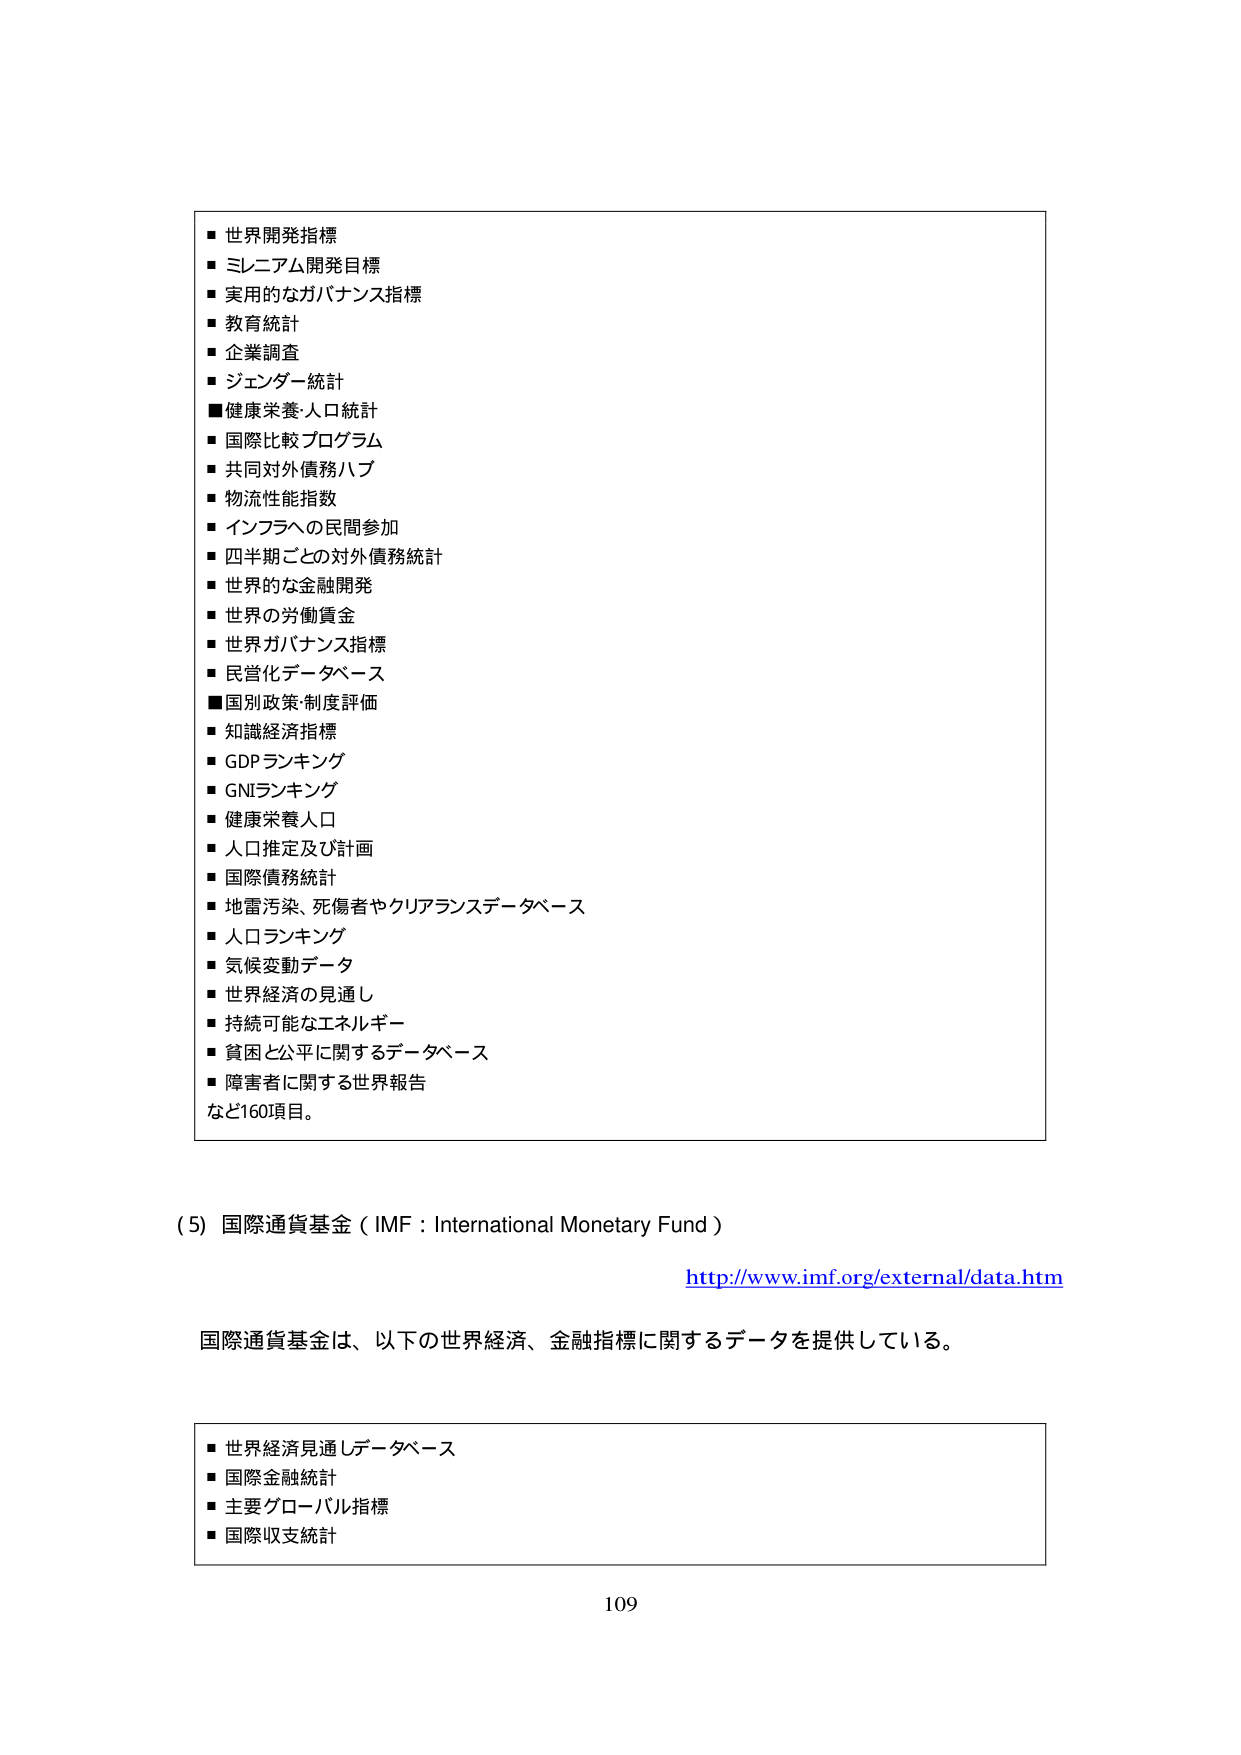
■世界開発指標
■ミレニアム開発目標
■実用的なガバナンス指標
■教育統計
■企業調査
■ジェンダー統計
■健康栄養・人口統計
■国際比較プログラム
■共同対外債務ハブ
■物流性能指数
■インフラへの民間参加
■四半期ごとの対外債務統計
■世界的な金融開発
■世界の労働賃金
■世界ガバナンス指標
■民営化データベース
■国別政策・制度評価
■知識経済指標
■GDPランキング
■GNIランキング
■健康栄養人口
■人口推定及び計画
■国際債務統計
■地雷汚染、死傷者やクリアランスデータベース
■人口ランキング
■気候変動データ
■世界経済の見通し
■持続可能なエネルギー
■貧困と公平に関するデータベース
■障害者に関する世界報告
など160項目。

（5）国際通貨基金（IMF：International Monetary Fund）
http://www.imf.org/external/data.htm
国際通貨基金は、以下の世界経済、金融指標に関するデータを提供している。

■世界経済見通しデータベース
■国際金融統計
■主要グローバル指標
■国際収支統計

109